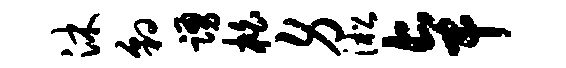
沐豹踊柏身淞卓